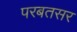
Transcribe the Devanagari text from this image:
परबतसर